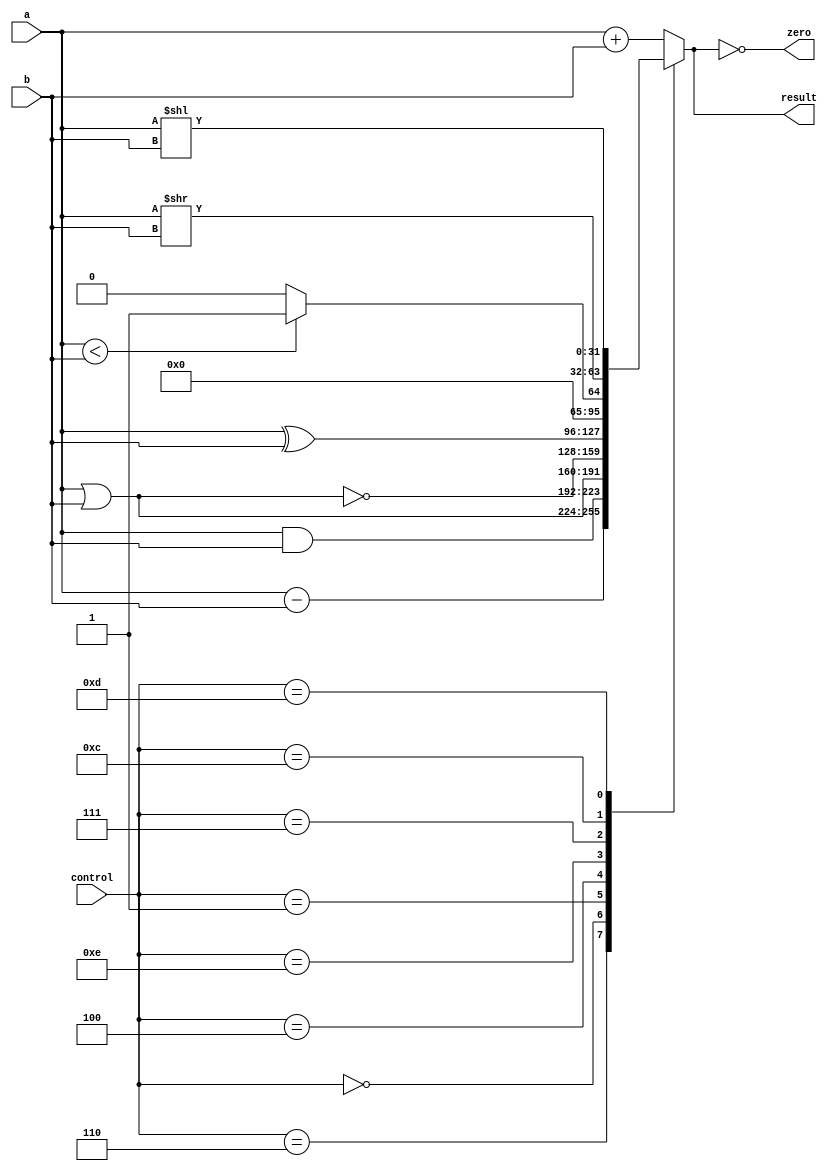
`timescale 1ns / 1ps

module ALU(
    input [31:0] a,
    input [31:0] b,
    input [3:0] control,
    output reg [31:0] result,
    output zero
);

	assign zero = (result == 1'b0);
	
	always@(*) begin
	
		 case(control)
		 4'b0010: result = a + b;
		 4'b0110: result = a - b;
		 4'b0000: result = a & b;
		 4'b0001: result = a | b;
		 4'b0100: result = ~(a | b);
		 4'b1110: result = a ^ b;
		 
		 4'b0111: result = (a < b) ? 32'd1 : 32'd0;
		 
		 4'b1100: result = a >> b;
		 4'b1101: result = a << b;
            
		 default: result = a+b;
		 
		 endcase
	end

endmodule